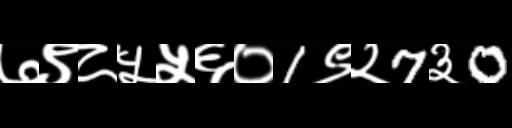
Text: ७९८५५६०1९२7३0